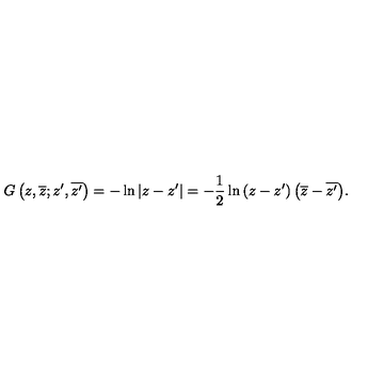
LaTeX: G \left( z , \overline { { z } } ; z ^ { \prime } , \overline { { z ^ { \prime } } } \right) = - \ln { \left| z - z ^ { \prime } \right| } = - { \frac { 1 } { 2 } } \ln { \left( z - z ^ { \prime } \right) \left( \overline { z } - \overline { { z ^ { \prime } } } \right) } .